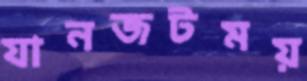
যানজটময়